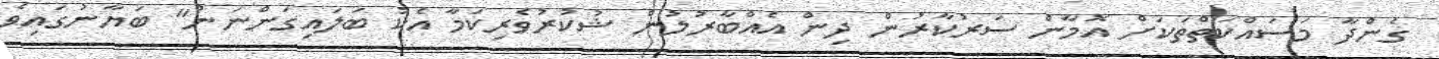
ގެންދާ މަސައްކަތްތަކަށް އޮމާން ސަރުކާރުން ދިން އެއްބާރުލުން ޝުކުރުވެރިކަމާ އެކު ބަލައިގަންނަން" ބަޔާނުގައިވެ